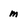
Character: m